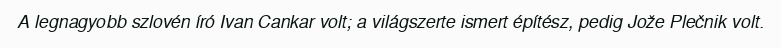
A legnagyobb szlovén író Ivan Cankar volt; a világszerte ismert építész, pedig Jože Plečnik volt.